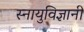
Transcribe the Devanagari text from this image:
स्नायुविज्ञानी